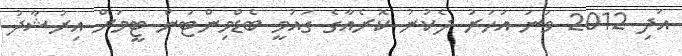
އަދި 2012 ވަނަ އަހަރު ދެކުނު ކޮރެއާގެ ގައުމީ ބެޑްމިންޓަން ޓީމަށް އިރުޝާދު